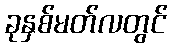
ခုနှစ်မတ်လတွင်